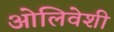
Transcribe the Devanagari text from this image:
ओलिवेशी